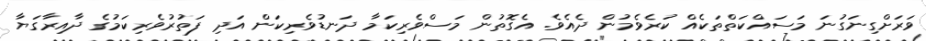
ވަރަށްގިނަގުނަ މަސައްކަތްތަކެއް ކުރެވެމުން ދެއެވެ. އެގޮތުން މަސްވެރިކަމާ ދަނޑުވެރިކަން އަދި ފަތުރުވެރިކަމުގެ ދާއިރާގަޔާ